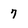
Character: 7